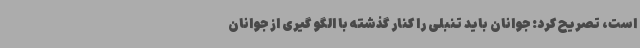
است، تصریح کرد: جوانان باید تنبلی را کنار گذشته با الگو گیری از جوانان